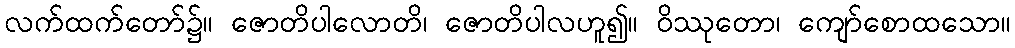
လက်ထက်တော်၌။ ဇောတိပါလောတိ၊ ဇောတိပါလဟူ၍။ ဝိဿုတော၊ ကျော်စောထသော။